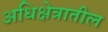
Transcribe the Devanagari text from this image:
अधिक्षेत्रातील